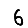
Digit: 6